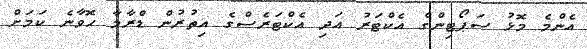
އެންމެ މޮޅު ސަޕޯޓިންގް އެކްޓަރު އަދި އެކްޓަރެސްގެ އިތުރުން ޑްރާމާ ހޮވާނެ ކަމަށް